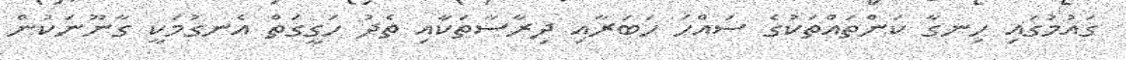
ގައުމުގައި ހިނގާ ކަންތައްތަކުގެ ސައްހަ ހަބަރާއި ދިރާސާތަކާއި ތެދު ހަގީގަތް އެނގުމަކީ ގާނޫނަކުން